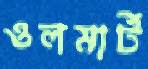
ওলমার্ট